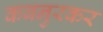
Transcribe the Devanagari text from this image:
कबनुरकर